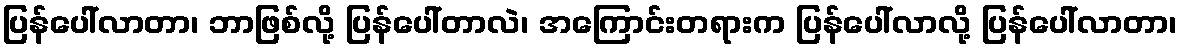
ပြန်ပေါ်လာတာ၊ ဘာဖြစ်လို့ ပြန်ပေါ်တာလဲ၊ အကြောင်းတရားက ပြန်ပေါ်လာလို့ ပြန်ပေါ်လာတာ၊